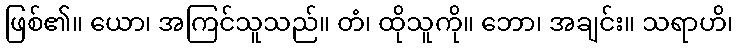
ဖြစ်၏။ ယော၊ အကြင်သူသည်။ တံ၊ ထိုသူကို။ ဘော၊ အချင်း။ သရာဟိ၊